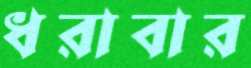
ধরাবার